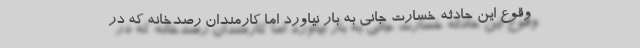
وقوع این حادثه خسارت جانی به بار نیاورد اما کارمندان رصدخانه که در